Vaccine operations Central Provinces 1886-1899 - 1886-1899
Year: 1886
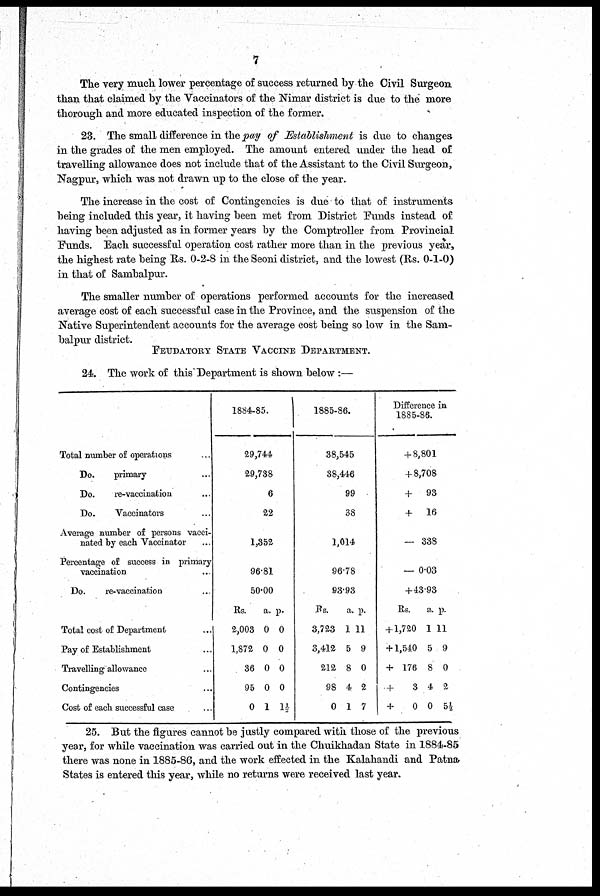
7
The very much lower percentage of success returned by the Civil Surgeon
than that claimed by the Vaccinators of the Nimar district is due to the more
thorough and more educated inspection of the former.
23. The small difference in the pay of Establishment is due to changes
in the grades of the men employed. The amount entered under the head of
travelling allowance does not include that of the Assistant to the Civil Surgeon,
Nagpur, which was not drawn up to the close of the year.
The increase in the cost of Contingencies is due to that of instruments
being included this year, it having been met from District Funds instead of
having been adjusted as in former years by the Comptroller from Provincial
Funds. Each successful operation cost rather more than in the previous year,
the highest rate being Rs. 0-2-8 in the Seoni district, and the lowest (Rs. 0-1-0)
in that of Sambalpur.
The smaller number of operations performed accounts for the increased
average cost of each successful case in the Province, and the suspension of the
Native Superintendent accounts for the average cost being so low in the Sam-
balpur district.
FEUDATORY STATE VACCINE DEPARTMENT.
24. The work of this Department is shown below :—
Total number of operations ...
Do. primary...
Do.
re-vaccination ...
Do.
Vaccinators ...
Average number of persons vacci-
nated by each Vaccinator ...
Percentage of success in primary
vaccination
Do.
re-vaccination ...
Total cost of Department ...
Pay of Establishment ...
Travelling allowance ...
Contingencies ...
Cost of each successful case ...
1884-85.
29,744
29,738
6
22
1,352
96.81
50.00
Rs.
2,003
1,872
36
95
0
a.
0
0
0
0
1
p.
0
0
0
0
1½
1885-86.
38,545
38,446
99
38
1,014
96.78
93.93
Rs.
3,723
3,412
212
98
0
a.
1
5
8
4
1
--
ll
9
0
2
7
Difference in
1885-86.
+ 8,801
+ 8,708
+
93
+
16
- 338
- 0.03
+4393
Rs.
+ 1,720
+ 1,540
+ 176
+
3
+
0
a.
1
5
8
4
0
--
ll
9
0
2
5½
25. But the figures cannot be justly compared with those of the previous
year, for while vaccination was carried out in the Chuikhadan State in 1884-85
there was none in 1885-86, and the work effected in the Kalahandi and Patna
States is entered this year, while no returns were received last year.